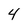
Character: 4